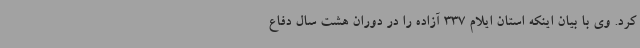
کرد. وی با بیان اینکه استان ایلام 337 آزاده را در دوران هشت سال دفاع